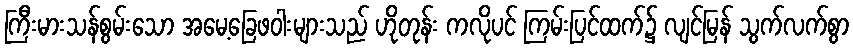
ကြီးမားသန်စွမ်းသော အမေ့ခြေဖဝါးများသည် ဟိုတုန်း ကလိုပင် ကြမ်းပြင်ထက်၌ လျင်မြန် သွက်လက်စွာ